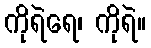
ကိုရဲရေ၊ ကိုရဲ။